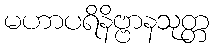
မဟာပရိနိဗ္ဗာနသုတ္တ